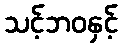
သင့်ဘဝနှင့်